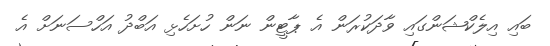
ބައި އިލެކްޝަންގައި ވާދަކުރަން އެ ޕާޓީން ނަން ހުށަހެޅި އަބްދު އަހްސަނަށް އެ